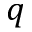
q